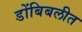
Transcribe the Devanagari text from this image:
डोंबिबलीत